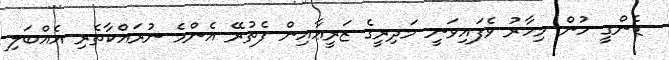
ޑެންގީ ހުން މިހާރު ވެފައިވަނީ މަދިރީގެ ޒަރީޢާއިން ފެތުރޭ އެންމެ ނުރައްކާތެރި އެއްބަލި